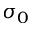
\sigma _ { 0 }